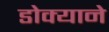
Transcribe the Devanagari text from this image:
डोक्याने